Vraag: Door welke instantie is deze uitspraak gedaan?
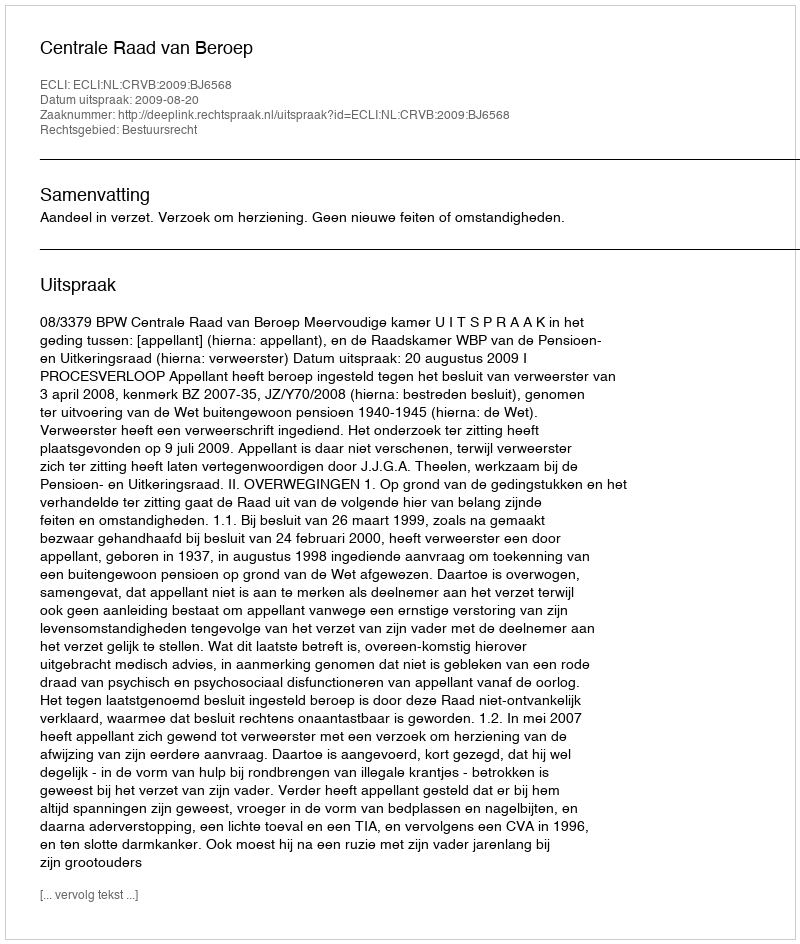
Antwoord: Centrale Raad van Beroep